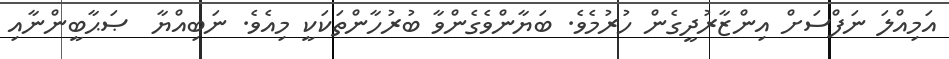
އަމިއްލަ ނަފްސަށް އިންޒާރުދީގެން ހުރުމެވެ. ބަޔާންވެގެންވާ ބުރުހާންތަކަކީ މިއެވެ. ނަބިއްޔާ  ޞަޙާބީންނާއި